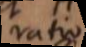
ratio